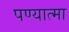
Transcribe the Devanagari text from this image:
पण्यात्मा